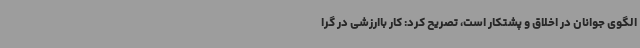
الگوی جوانان در اخلاق و پشتکار است، تصریح کرد: کار باارزشی در گرا